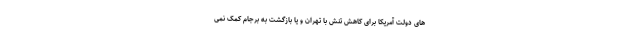
های دولت آمریکا برای کاهش تنش با تهران و یا بازگشت به برجام کمک نمی